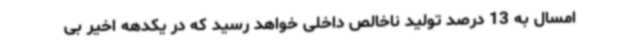
امسال به 13 درصد تولید ناخالص داخلی خواهد رسید که در یکدهه اخیر بی